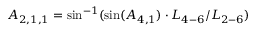
{ A _ { 2 , 1 , 1 } } = \sin ^ { - 1 } ( \sin ( { A _ { 4 , 1 } } ) \cdot { L _ { 4 - 6 } } / { L _ { 2 - 6 } } )